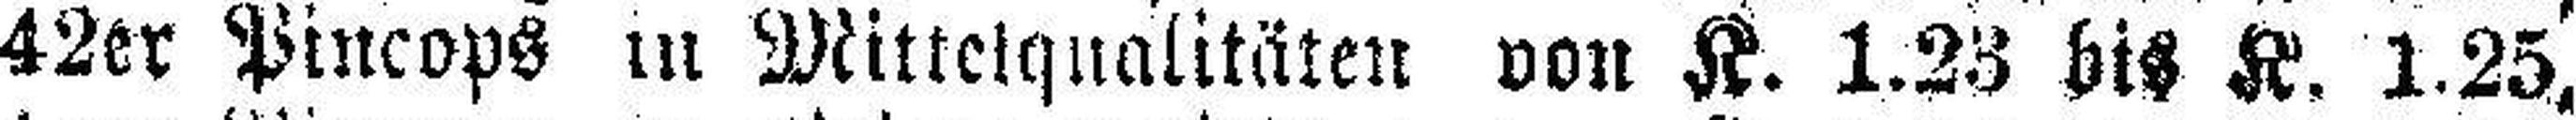
42er Pincops in Mittelqualitäten von K. 1.23 bis K. 1.25,